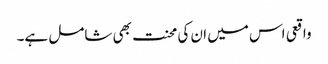
واقعی اس میں ان کی محنت بھی شامل ہے۔